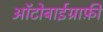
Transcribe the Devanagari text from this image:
आॅटोबाईग्राफ़ी